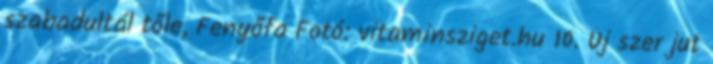
szabadultál tőle, Fenyőfa Fotó: vitaminsziget.hu 10. Új szer jut